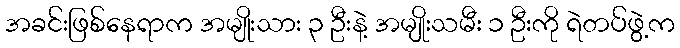
အခင်းဖြစ်နေရာက အမျိုးသား ၃ ဦးနဲ့ အမျိုးသမီး ၁ ဦးကို ရဲတပ်ဖွဲ့က